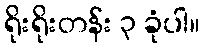
ရိုးရိုးတန်း ၃ ခုံပါ။